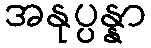
အနုပ္ပန္နာ